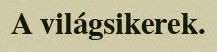
A világsikerek.